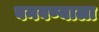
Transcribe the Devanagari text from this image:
बनवण्याला